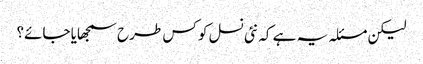
لیکن مسئلہ یہ ہے کہ نئی نسل کو کس طرح سمجھایا جائے؟